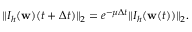
\begin{array} { r } { \| I _ { h } ( \mathbf { w } ) ( t + \Delta t ) \| _ { 2 } = e ^ { - \mu \Delta t } \| I _ { h } ( \mathbf { w } ( t ) ) \| _ { 2 } . } \end{array}